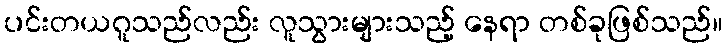
ပင်းတယဂူသည်လည်း လူသွားများသည့် နေရာ တစ်ခုဖြစ်သည်။